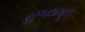
હળવાફૂલ